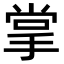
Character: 掌